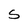
Character: S